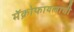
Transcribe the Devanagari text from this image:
मॅक्रोफायलाची